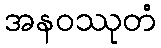
အနဝဿုတံ